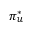
\pi _ { u } ^ { * }